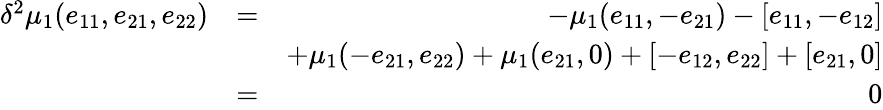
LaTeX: \begin{array}{rlr}{\delta^{2}\mu_{1}(e_{11},e_{21},e_{22})}&{=}&{-\mu_{1}(e_{11},-e_{21})-[e_{11},-e_{12}]}\\ &{}&{+\mu_{1}(-e_{21},e_{22})+\mu_{1}(e_{21},0)+[-e_{12},e_{22}]+[e_{21},0]}\\ &{=}&{0}\end{array}